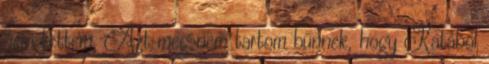
nem tettem. Azt meg nem tartom bűnnek, hogy Katából